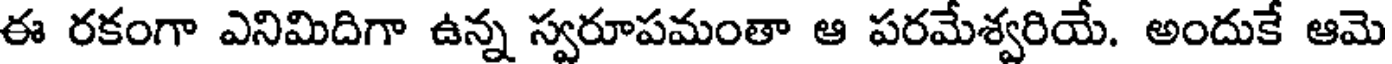
ఈ రకంగా ఎనిమిదిగా ఉన్న స్వరూపమంతా ఆ పరమేశ్వరియే. అందుకే ఆమె